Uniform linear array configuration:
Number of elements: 48
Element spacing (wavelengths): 0.75
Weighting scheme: kaiser
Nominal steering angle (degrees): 45
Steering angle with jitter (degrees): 43.225
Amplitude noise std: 0.05
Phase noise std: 0.05

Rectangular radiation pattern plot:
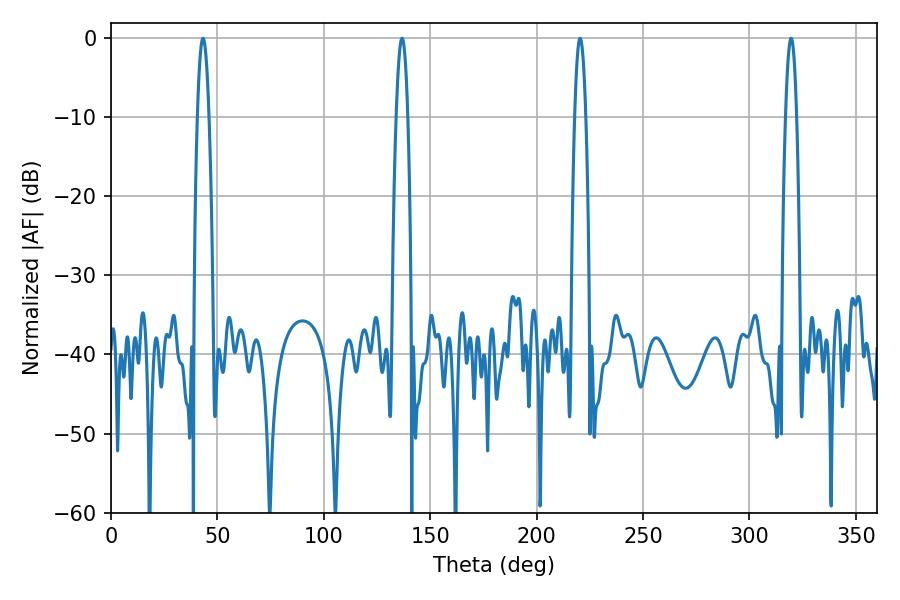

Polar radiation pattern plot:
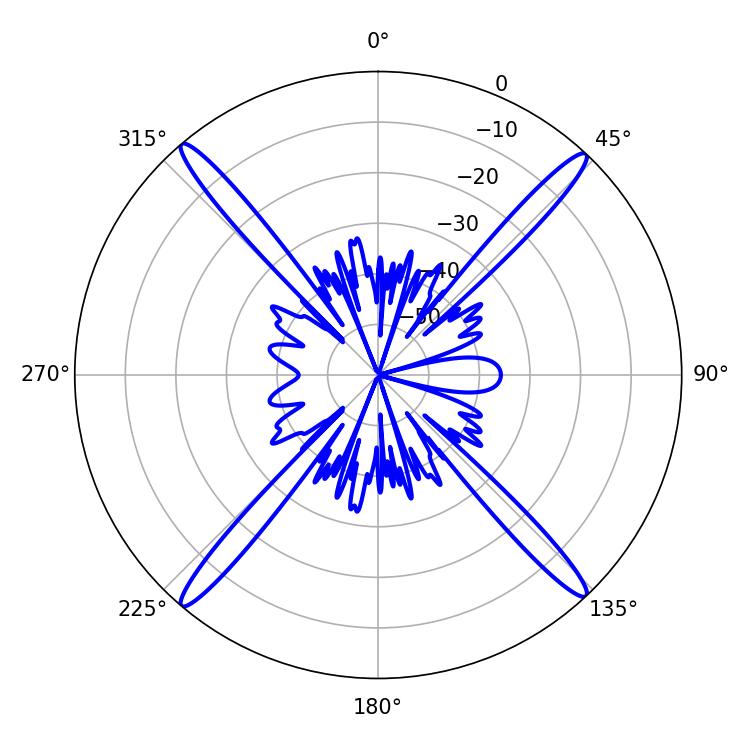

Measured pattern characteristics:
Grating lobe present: TRUE
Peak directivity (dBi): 24.311
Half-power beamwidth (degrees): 2.88
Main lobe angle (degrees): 43.2